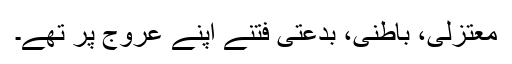
معتزلی، باطنی، بدعتی فتنے اپنے عروج پر تھے۔